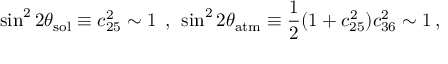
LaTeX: \sin ^ { 2 } 2 \theta _ { \mathrm { s o l } } \equiv c _ { 2 5 } ^ { 2 } \sim 1 \; \, , \, \; \sin ^ { 2 } 2 \theta _ { \mathrm { a t m } } \equiv \frac { 1 } { 2 } ( 1 + c _ { 2 5 } ^ { 2 } ) c _ { 3 6 } ^ { 2 } \sim 1 \, ,